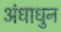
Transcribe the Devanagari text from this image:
अंधाधुन